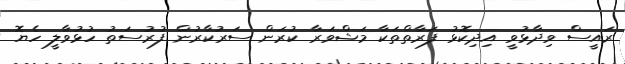
ރައީސް ވިދާޅުވީ އިދިކޮޅު ފަރާތްތަކާ މަޝްވަރާ ކުރަން ސަރުކާރުން ފުރުސަތު ހުޅުވާލީ ހެޔޮ